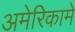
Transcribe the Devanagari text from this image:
अमेरिकामे